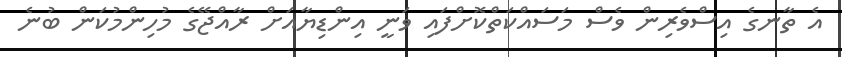
އެ ތާނގެ އިސްވެރިން ވެސް މަސައްކަތްކޮށްފައި ވަނީ އިންޑިޔާއަށް ރާއްޖޭގެ މުހިންމުކަން ބުނެ